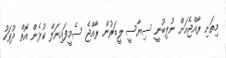
މިތަށި ރާއްޖެއަށް ނުލިބުނީ ސިޔާސީ ލީޑަރުން ރާއްޖެ ސެމީފައިނަލް ކުޅެން އޮތް ދުވަހު